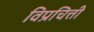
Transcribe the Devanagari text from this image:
विप्रचित्ती